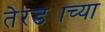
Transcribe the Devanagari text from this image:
तेरड्याच्या